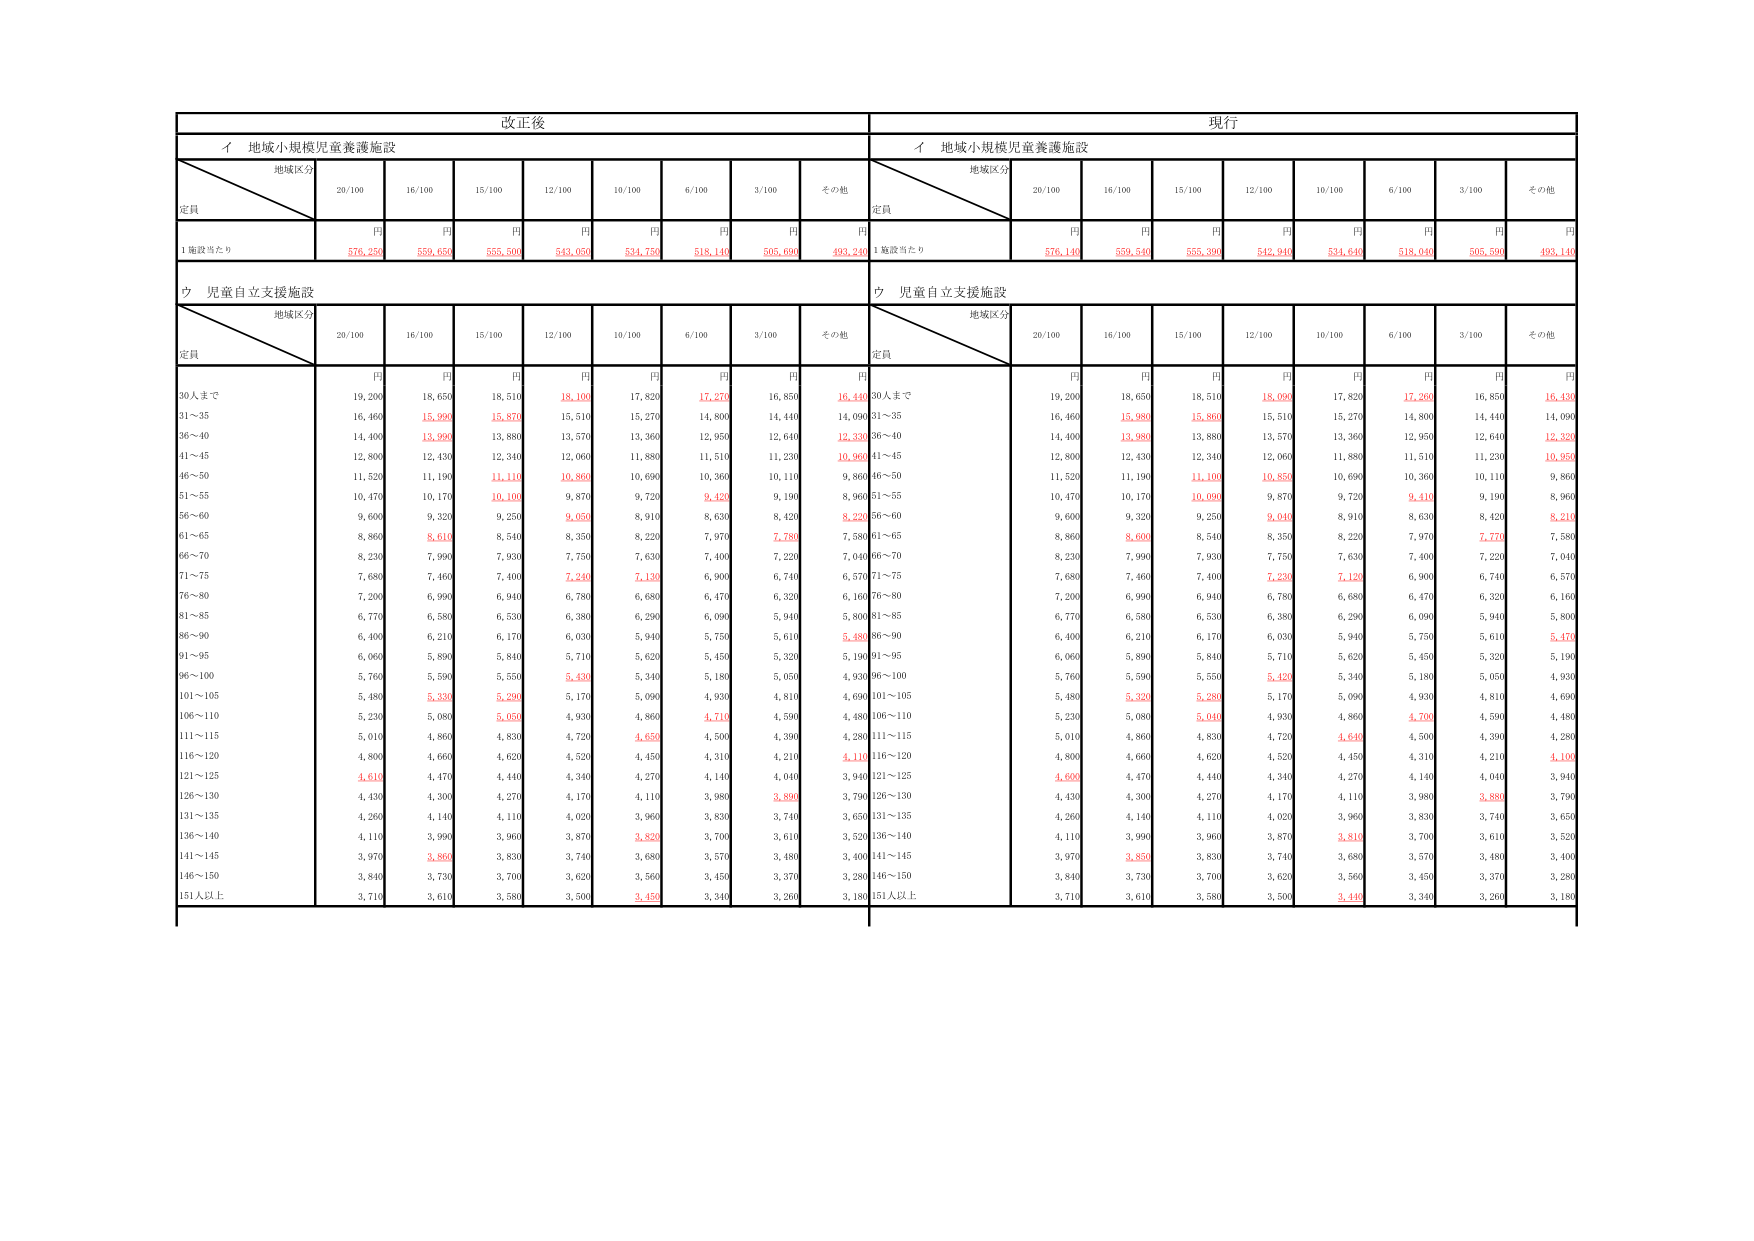
改正後
イ 地域小規模児童養護施設
地域区分
定員
20/100
16/100
15/100
12/100
10/100
6/100
3/100
その他
円
円
円
円
円
円
円
円
1施設当たり
576,250
559,650
555,500
543,050
534,750
518,140
505,690
493,240
ウ 児童自立支援施設
地域区分
定員
20/100
16/100
15/100
12/100
10/100
6/100
3/100
その他
円
円
円
円
円
円
円
円
30人まで
19,200
18,650
18,510
18,100
17,820
17,270
16,850
16,440
31～35
16,460
15,950
15,870
15,510
15,270
14,800
14,440
14,090
36～40
14,400
13,990
13,880
13,570
13,360
12,950
12,640
12,330
41～45
12,800
12,430
12,340
12,060
11,880
11,510
11,230
10,960
46～50
11,520
11,190
11,110
10,860
10,690
10,360
10,110
9,860
51～55
10,470
10,170
10,100
9,870
9,720
9,420
9,190
8,960
56～60
9,600
9,320
9,250
9,050
8,910
8,630
8,420
8,220
61～65
8,860
8,610
8,540
8,350
8,220
7,970
7,780
7,580
66～70
8,230
7,990
7,930
7,750
7,630
7,400
7,220
7,040
71～75
7,680
7,460
7,400
7,240
7,130
6,900
6,740
6,570
76～80
7,200
6,990
6,940
6,780
6,680
6,470
6,320
6,160
81～85
6,770
6,580
6,530
6,380
6,290
6,090
5,940
5,800
86～90
6,400
6,210
6,170
6,030
5,940
5,750
5,610
5,480
91～95
6,060
5,890
5,840
5,710
5,620
5,450
5,320
5,190
96～100
5,760
5,590
5,550
5,430
5,340
5,180
5,050
4,930
101～105
5,480
5,330
5,290
5,170
5,090
4,930
4,810
4,690
106～110
5,230
5,080
5,050
4,930
4,860
4,710
4,590
4,480
111～115
5,010
4,860
4,830
4,720
4,650
4,500
4,390
4,280
116～120
4,800
4,660
4,620
4,520
4,450
4,310
4,210
4,110
121～125
4,610
4,470
4,440
4,340
4,270
4,140
4,040
3,940
126～130
4,430
4,300
4,270
4,170
4,110
3,980
3,890
3,790
131～135
4,260
4,140
4,110
4,020
3,960
3,830
3,740
3,650
136～140
4,110
3,990
3,960
3,870
3,820
3,700
3,610
3,520
141～145
3,970
3,850
3,830
3,740
3,680
3,570
3,480
3,400
146～150
3,840
3,730
3,700
3,620
3,560
3,450
3,370
3,280
151人以上
3,710
3,610
3,580
3,500
3,450
3,340
3,260
3,180
現行
イ 地域小規模児童養護施設
地域区分
定員
20/100
16/100
15/100
12/100
10/100
6/100
3/100
その他
円
円
円
円
円
円
円
円
1施設当たり
576,140
559,540
555,390
542,940
534,640
518,040
505,590
493,140
ウ 児童自立支援施設
地域区分
定員
20/100
16/100
15/100
12/100
10/100
6/100
3/100
その他
円
円
円
円
円
円
円
円
30人まで
19,200
18,650
18,510
18,090
17,820
17,260
16,850
16,430
31～35
16,460
15,980
15,860
15,510
15,270
14,800
14,440
14,090
36～40
14,400
13,980
13,880
13,570
13,360
12,950
12,640
12,320
41～45
12,800
12,430
12,340
12,060
11,880
11,510
11,230
10,950
46～50
11,520
11,190
11,100
10,850
10,690
10,360
10,110
9,860
51～55
10,470
10,170
10,090
9,870
9,720
9,410
9,190
8,960
56～60
9,600
9,320
9,250
9,040
8,910
8,630
8,420
8,210
61～65
8,860
8,600
8,540
8,350
8,220
7,970
7,770
7,580
66～70
8,230
7,990
7,930
7,750
7,630
7,400
7,220
7,040
71～75
7,680
7,460
7,400
7,230
7,120
6,900
6,740
6,570
76～80
7,200
6,990
6,940
6,780
6,680
6,470
6,320
6,160
81～85
6,770
6,580
6,530
6,380
6,290
6,090
5,940
5,800
86～90
6,400
6,210
6,170
6,030
5,940
5,750
5,610
5,470
91～95
6,060
5,890
5,840
5,710
5,620
5,450
5,320
5,190
96～100
5,760
5,590
5,550
5,420
5,340
5,180
5,050
4,930
101～105
5,480
5,320
5,280
5,170
5,090
4,930
4,810
4,690
106～110
5,230
5,080
5,040
4,930
4,860
4,700
4,590
4,480
111～115
5,010
4,860
4,830
4,720
4,640
4,500
4,390
4,280
116～120
4,800
4,660
4,620
4,520
4,450
4,310
4,210
4,100
121～125
4,600
4,470
4,440
4,340
4,270
4,140
4,040
3,940
126～130
4,430
4,300
4,270
4,170
4,110
3,980
3,880
3,790
131～135
4,260
4,140
4,110
4,020
3,960
3,830
3,740
3,650
136～140
4,110
3,990
3,960
3,870
3,810
3,700
3,610
3,520
141～145
3,970
3,850
3,830
3,740
3,680
3,570
3,480
3,400
146～150
3,840
3,730
3,700
3,620
3,560
3,450
3,370
3,280
151人以上
3,710
3,610
3,580
3,500
3,440
3,340
3,260
3,180